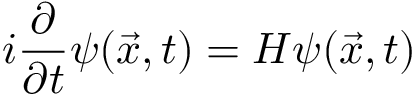
i \frac { \partial } { \partial t } \psi ( \vec { x } , t ) = H \psi ( \vec { x } , t )